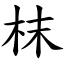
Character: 枺